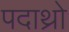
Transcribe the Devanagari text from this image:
पदाथ्रो